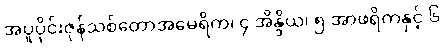
အပူပိုင်းဇုန်သစ်တောအမေရိက၊ ၄ အိန္ဒိယ၊ ၅ အာဖရိကနှင့် ၆